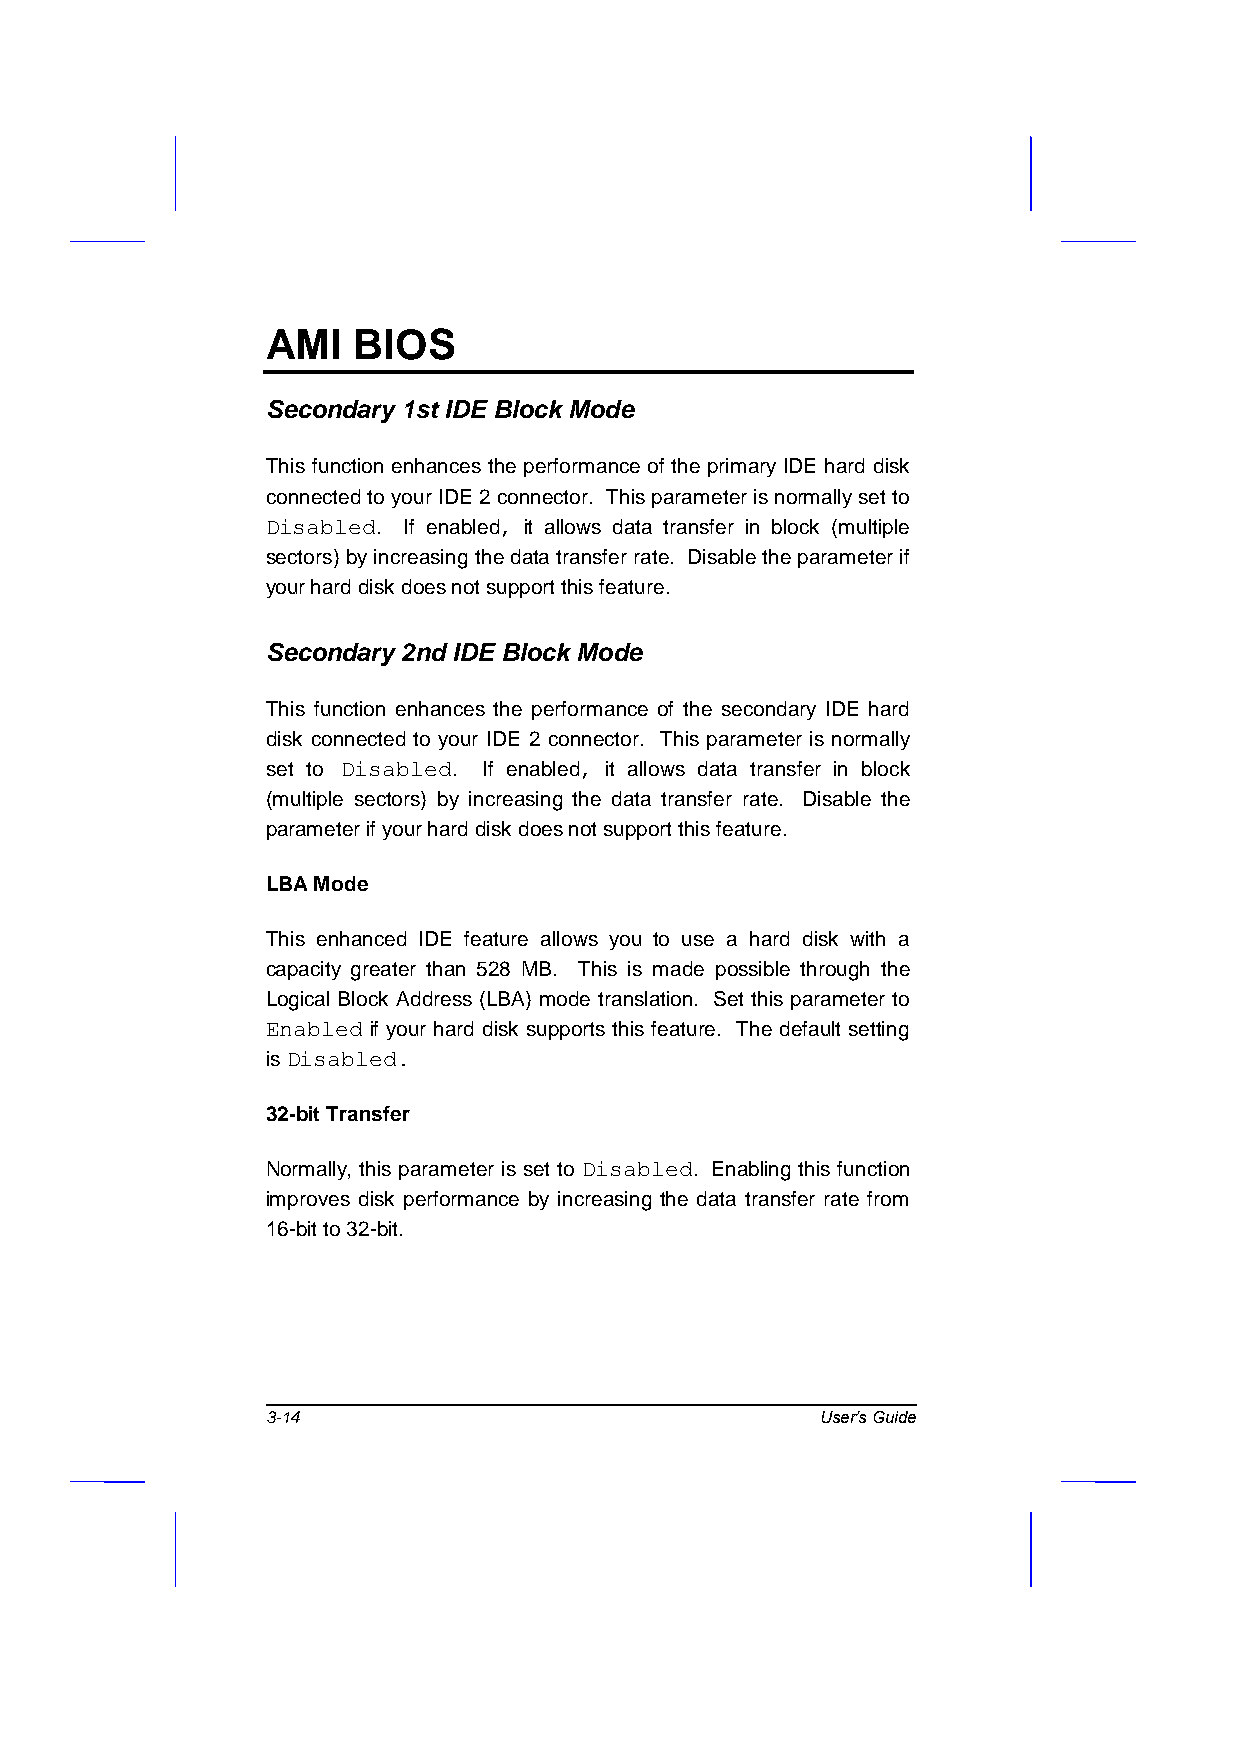
AMI  BIOS
 Secondary 1st IDE Block Mode
 This function enhances the performance of the primary IDE hard disk
 connected to your IDE 2 connector. This parameter is normally set to
 Disabled. If enabled, it allows data transfer in block (multiple
 sectors) by increasing the data transfer rate. Disable the parameter if
 your hard disk does not support this feature.
 Secondary 2nd IDE Block Mode
 This function enhances the performance of the secondary IDE hard
 disk connected to your IDE 2 connector. This parameter is normally
 set to Disabled. If enabled, it allows data transfer in block
 (multiple sectors) by increasing the data transfer rate. Disable the
 parameter if your hard disk does not support this feature.
 LBA Mode
 This enhanced IDE feature allows you to use a hard disk with a
 capacity greater than 528 MB. This is made possible through the
 Logical Block Address (LBA) mode translation. Set this parameter to
 Enabled if your hard disk supports this feature. The default setting
 is Disabled.
 32-bit Transfer
 Normally, this parameter is set to Disabled. Enabling this function
 improves disk performance by increasing the data transfer rate from
 16-bit to 32-bit.
 3-14                                User’s Guide